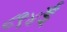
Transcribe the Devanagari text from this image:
८९४ई